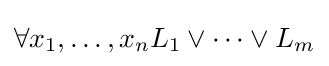
\forall x_{1},\ldots ,x_{n}L_{1}\lor \cdots \lor L_{m}